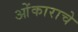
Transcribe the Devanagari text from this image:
ओंकाराचे